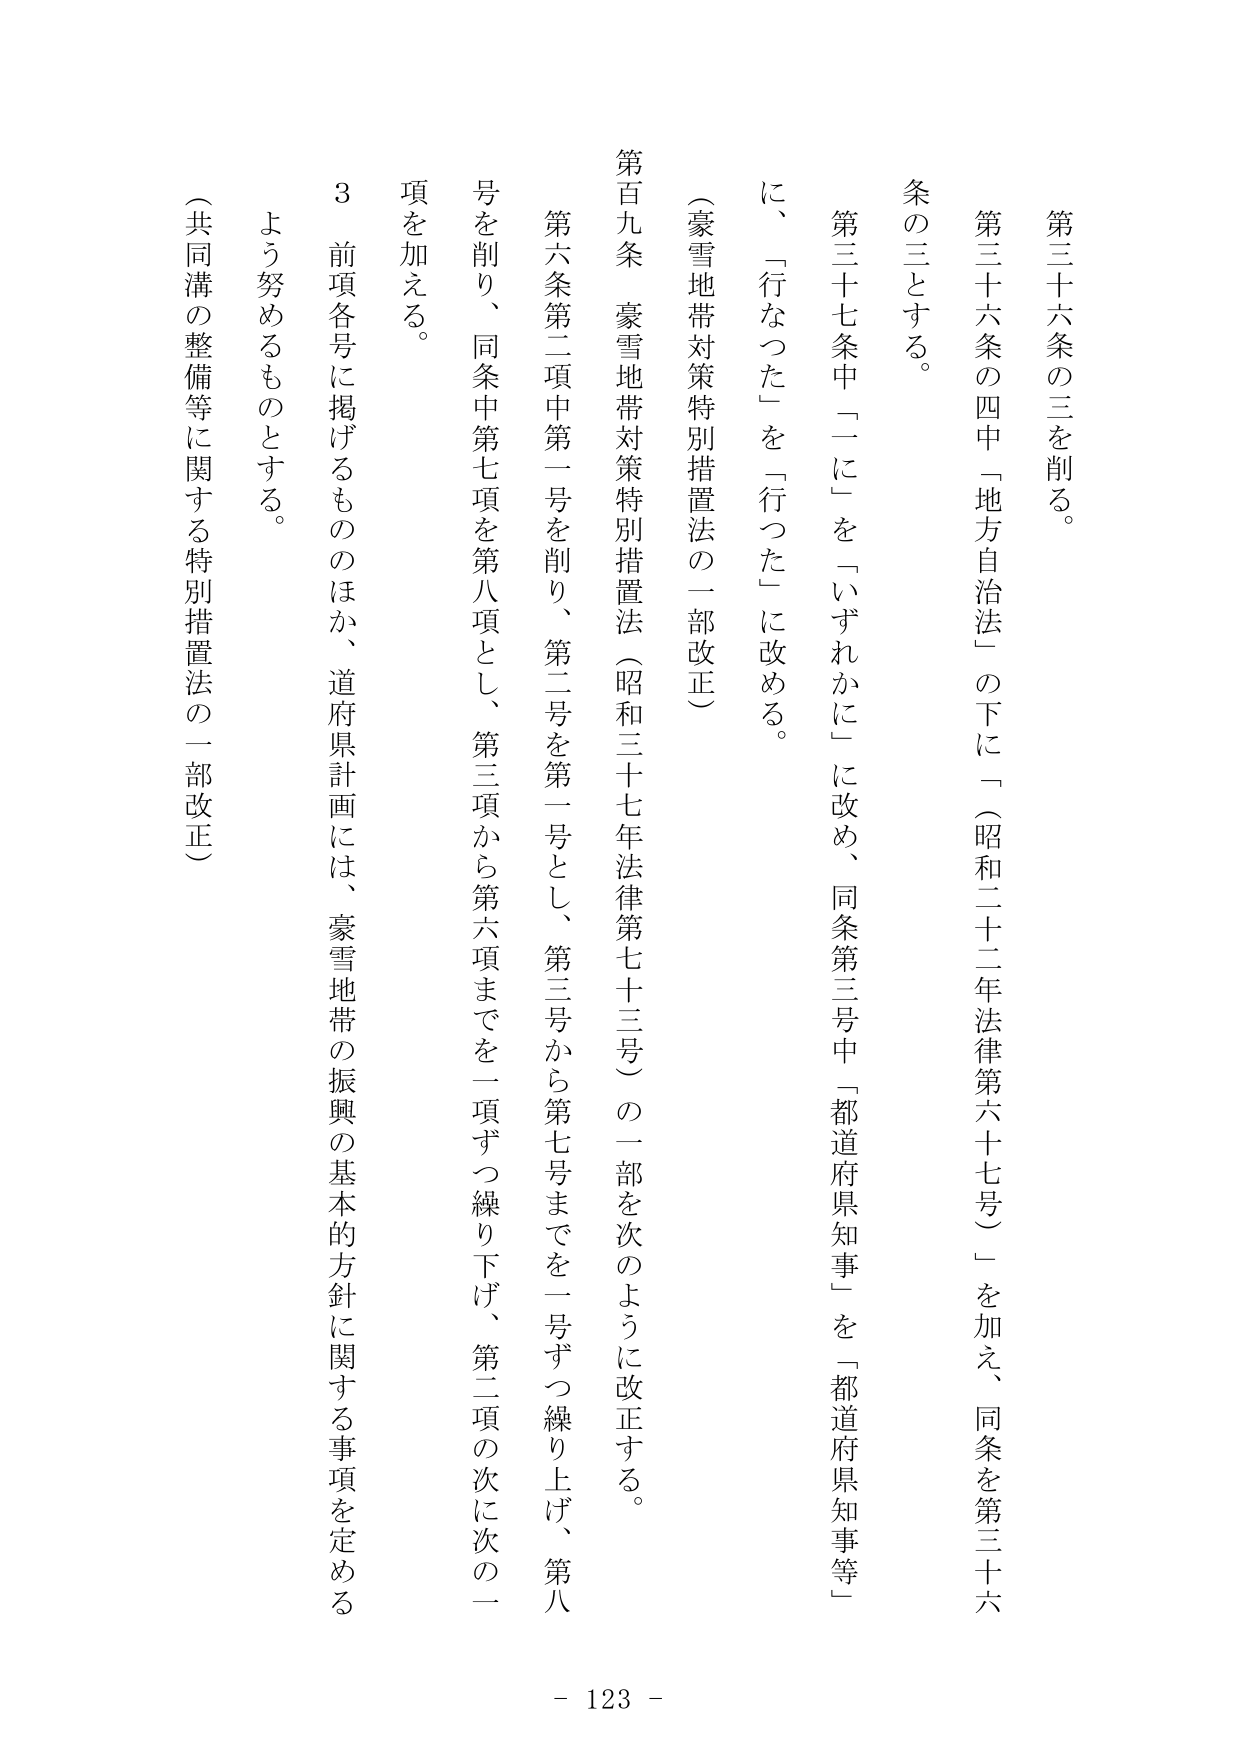
第三十六条の三を削る。

第三十六条の四中「地方自治法」の下に「（昭和二十二年法律第六十七号）」を加え、同条を第三十六条の三とする。

第三十七条中「一に」を「いずれかに」に改め、同条第三号中「都道府県知事」を「都道府県知事等」に、「行なった」を「行った」に改める。

（豪雪地帯対策特別措置法の一部改正）

第百九条　豪雪地帯対策特別措置法（昭和三十七年法律第七十三号）の一部を次のように改正する。

第六条第二項中第一号を削り、第二号を第一号とし、第三号から第七号までを一号ずつ繰り上げ、第八号を削り、同条中第七項を第八項とし、第三項から第六項までを一項ずつ繰り下げ、第二項の次に次の一项を加える。

３　前項各号に掲げるもののほか、道府県計画には、豪雪地帯の振興の基本的方針に関する事項を定めるよう努めるものとする。

（共同溝の整備等に関する特別措置法の一部改正）

- 123 -